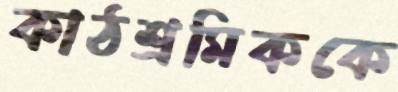
কাঠশ্রমিককে